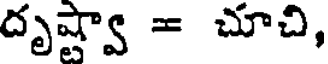
దృష్వా = చూచి,